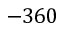
- 3 6 0